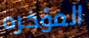
المؤخره